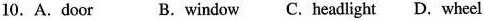
10.A.Door B.Window C. Headlight D. Whee